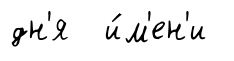
дн'я и́м'ен'и